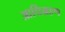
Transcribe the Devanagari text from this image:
आधिग्रहण